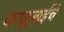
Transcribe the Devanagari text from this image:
काळूबाईचे